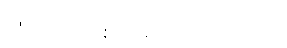
သုံးယောက်စာ အလုပ် လုပ်သည်။